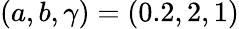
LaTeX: (a,b,\gamma)=(0.2,2,1)